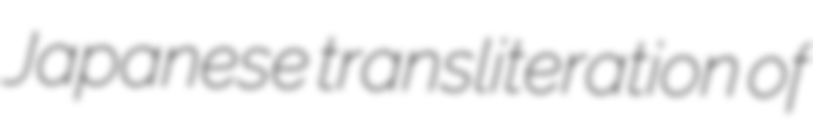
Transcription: Japanese transliteration of